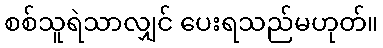
စစ်သူရဲသာလျှင် ပေးရသည်မဟုတ်။